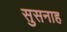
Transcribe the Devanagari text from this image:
सुसनाह